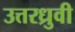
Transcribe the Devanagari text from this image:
उत्तरध्रुवी